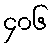
၄၀၆